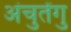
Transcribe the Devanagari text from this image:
अंचुतेंगु